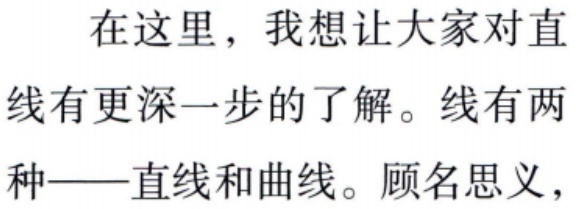
在这里，我想让大家对直

线有更深一步的了解。线有两

种——直线和曲线。顾名思义，